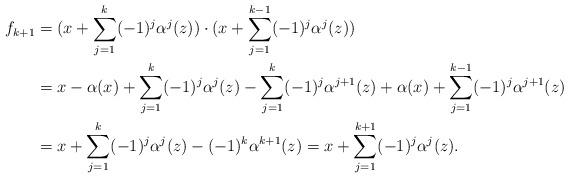
LaTeX: \begin{align*} f_{k+1} &= (x+\sum_{j=1}^k (-1)^j\alpha^j(z))\cdot(x+\sum_{j=1}^{k-1}(-1)^j\alpha^j(z))\\ &= x - \alpha(x) + \sum_{j=1}^k (-1)^j\alpha^j(z) - \sum_{j=1}^k (-1)^j\alpha^{j+1}(z) + \alpha(x) + \sum_{j=1}^{k-1}(-1)^j\alpha^{j+1}(z)\\ &= x + \sum_{j=1}^k (-1)^j\alpha^j(z) - (-1)^k\alpha^{k+1}(z) = x + \sum_{j=1}^{k+1}(-1)^j\alpha^j(z).\end{align*}